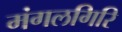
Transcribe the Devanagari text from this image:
मंगलगिरि